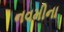
નવમીના